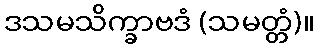
ဒသမသိက္ခာဗဒံ (သမတ္တံ)။